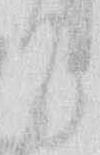
て